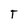
Character: T